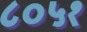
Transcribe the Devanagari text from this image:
८०५१